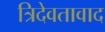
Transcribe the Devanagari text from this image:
त्रिदेवतावाद